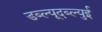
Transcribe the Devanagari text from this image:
डब्ल्यूदब्ल्युई